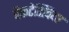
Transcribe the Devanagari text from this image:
वेंकटेशिवैया